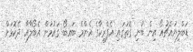
ޑަބްލިޔުއެޗުއޯ އިން ބުނި ގޮތުގައި އެފްރިކާގެ އެންމެ ބައިބޯ ގައުމުން އެބޯލާއާ ދެކޮޅަށް